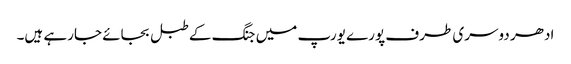
ادھر دوسری طرف پورے یورپ میں جنگ کے طبل بجائے جارہے ہیں۔